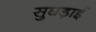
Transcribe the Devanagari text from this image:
सुघड़ाई